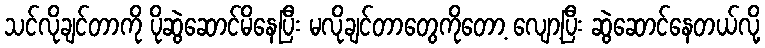
သင်လိုချင်တာကို ပိုဆွဲဆောင်မိနေပြီး မလိုချင်တာတွေကိုတော့ လျော့ပြီး ဆွဲဆောင်နေတယ်လို့